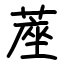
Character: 蓙